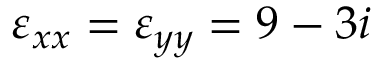
\varepsilon _ { x x } = \varepsilon _ { y y } = 9 - 3 i